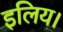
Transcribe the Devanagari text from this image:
इलिय।